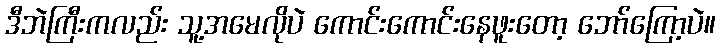
ဒီဘဲကြီးကလည်း သူ့အမေလိုပဲ ကောင်းကောင်းနေဖူးတော့ ဘော်ကြော့ပဲ။